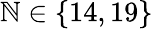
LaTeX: \mathbb{N}\in\{ 14,19\}